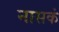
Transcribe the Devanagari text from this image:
नासकं